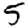
Digit: 5